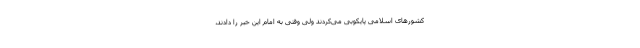
کشورهای اسلامی پایکوبی می‌کردند ولی وقتی به امام این خبر را دادند،